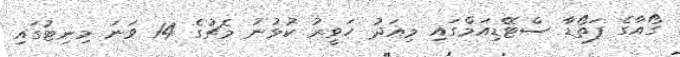
ގޯއާގެ ފަތޯޑާ ސްޓޭޑިއަމްގައި މިއަދު ހަވީރު ކުޅުނު މެޗުގެ 14 ވަނަ މިނިޓުގައި